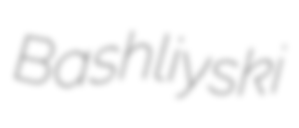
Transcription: Bashliyski